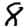
Digit: 8